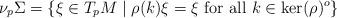
LaTeX: \begin{align*}\nu _p \Sigma = \{\xi \in T_pM \mid \rho(k)\xi = \xi\ \textrm{for\ all}\ k \in \ker(\rho)^o\}\end{align*}